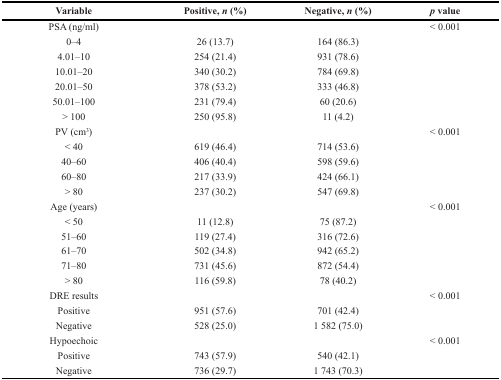
<table><thead><tr><td><b>Variable</b></td><td><b>Positive, <i>n</i> (%)</b></td><td><b>Negative, <i>n</i> (%)</b></td><td><b><i>p</i> value</b></td></tr></thead><tbody><tr><td>PSA (ng/ml)</td><td></td><td></td><td>&lt; 0.001</td></tr><tr><td>0–4</td><td>26 (13.7)</td><td>164 (86.3)</td><td></td></tr><tr><td>4.01–10</td><td>254 (21.4)</td><td>931 (78.6)</td><td></td></tr><tr><td>10.01–20</td><td>340 (30.2)</td><td>784 (69.8)</td><td></td></tr><tr><td>20.01–50</td><td>378 (53.2)</td><td>333 (46.8)</td><td></td></tr><tr><td>50.01–100</td><td>231 (79.4)</td><td>60 (20.6)</td><td></td></tr><tr><td>&gt; 100</td><td>250 (95.8)</td><td>11 (4.2)</td><td></td></tr><tr><td>PV (cm<sup>3</sup>)</td><td></td><td></td><td>&lt; 0.001</td></tr><tr><td>&lt; 40</td><td>619 (46.4)</td><td>714 (53.6)</td><td></td></tr><tr><td>40–60</td><td>406 (40.4)</td><td>598 (59.6)</td><td></td></tr><tr><td>60–80</td><td>217 (33.9)</td><td>424 (66.1)</td><td></td></tr><tr><td>&gt; 80</td><td>237 (30.2)</td><td>547 (69.8)</td><td></td></tr><tr><td>Age (years)</td><td></td><td></td><td>&lt; 0.001</td></tr><tr><td>&lt; 50</td><td>11 (12.8)</td><td>75 (87.2)</td><td></td></tr><tr><td>51–60</td><td>119 (27.4)</td><td>316 (72.6)</td><td></td></tr><tr><td>61–70</td><td>502 (34.8)</td><td>942 (65.2)</td><td></td></tr><tr><td>71–80</td><td>731 (45.6)</td><td>872 (54.4)</td><td></td></tr><tr><td>&gt; 80</td><td>116 (59.8)</td><td>78 (40.2)</td><td></td></tr><tr><td>DRE results</td><td></td><td></td><td>&lt; 0.001</td></tr><tr><td>Positive</td><td>951 (57.6)</td><td>701 (42.4)</td><td></td></tr><tr><td>Negative</td><td>528 (25.0)</td><td>1 582 (75.0)</td><td></td></tr><tr><td>Hypoechoic</td><td></td><td></td><td>&lt; 0.001</td></tr><tr><td>Positive</td><td>743 (57.9)</td><td>540 (42.1)</td><td></td></tr><tr><td>Negative</td><td>736 (29.7)</td><td>1 743 (70.3)</td><td></td></tr></tbody></table>